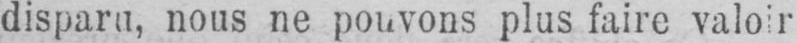
disparu, nous ne pouvons plus faire valoir